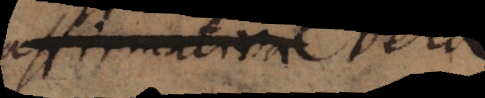
affirmativi et